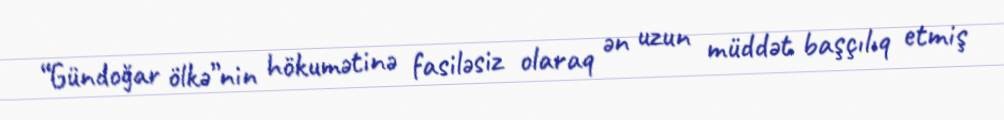
“Gündoğar ölkə”nin hökumətinə fasiləsiz olaraq ən uzun müddət başçılıq etmiş